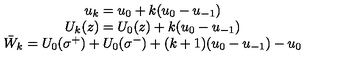
\begin{array} { c } { u _ { k } = u _ { 0 } + k ( u _ { 0 } - u _ { - 1 } ) } \\ { U _ { k } ( z ) = U _ { 0 } ( z ) + k ( u _ { 0 } - u _ { - 1 } ) } \\ { \bar { W } _ { k } = U _ { 0 } ( \sigma ^ { + } ) + U _ { 0 } ( \sigma ^ { - } ) + ( k + 1 ) ( u _ { 0 } - u _ { - 1 } ) - u _ { 0 } } \\ \end{array}